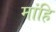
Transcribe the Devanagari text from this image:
मांहि